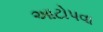
આટોપવા